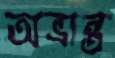
অভ্রান্ত